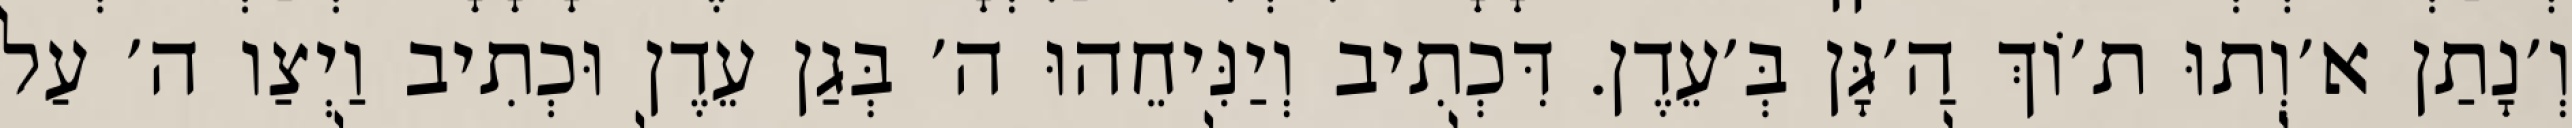
וְ׳נָתַן א׳וְתוּ ת׳וֹךְ הַ׳גָּן בְּ׳עֵדֶן. דִּכְתִיב וְיַנִּיחֵהוּ ה׳ בְּגַן עֵדֶן וּכְתִיב וַיְצַו ה׳ עַל